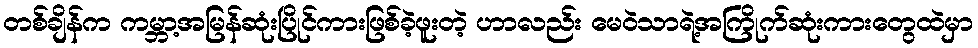
တစ်ချိန်က ကမ္ဘာ့အမြန်ဆုံးပြိုင်ကားဖြစ်ခဲ့ဖူးတဲ့ ဟာလည်း မေဝဲသာရဲ့အကြိုက်ဆုံးကားတွေထဲမှာ